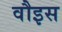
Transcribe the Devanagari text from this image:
वौइस